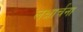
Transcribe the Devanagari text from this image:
लक्षार्चना